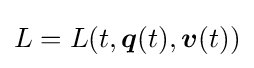
L=L(t,{\boldsymbol {q}}(t),{\boldsymbol {v}}(t))